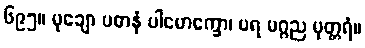
၆၉၅။ မုချော ပဓာနံ ပါမောက္ခော၊ ပရ မဂ္ဂည မုတ္တရံ။